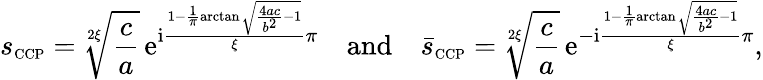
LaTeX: s_{\scriptscriptstyle{\mathrm{CCP}}}=\sqrt[2\xi]{\frac{c}{a}}\, \mathrm{e}^{\mathrm{i}\frac{1-\frac{1}{\pi}\arctan\sqrt{\frac{4ac}{b^{2}}-1}}{\xi}\pi}\quad\mathrm{and}\quad\bar{s}_{\scriptscriptstyle{\mathrm{CCP}}}=\sqrt[2\xi]{\frac{c}{a}}\, \mathrm{e}^{-\mathrm{i}\frac{1-\frac{1}{\pi}\arctan\sqrt{\frac{4ac}{b^{2}}-1}}{\xi}\pi},